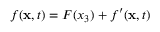
f ( \mathbf { x } , t ) = F ( x _ { 3 } ) + f ^ { \prime } ( \mathbf { x } , t )